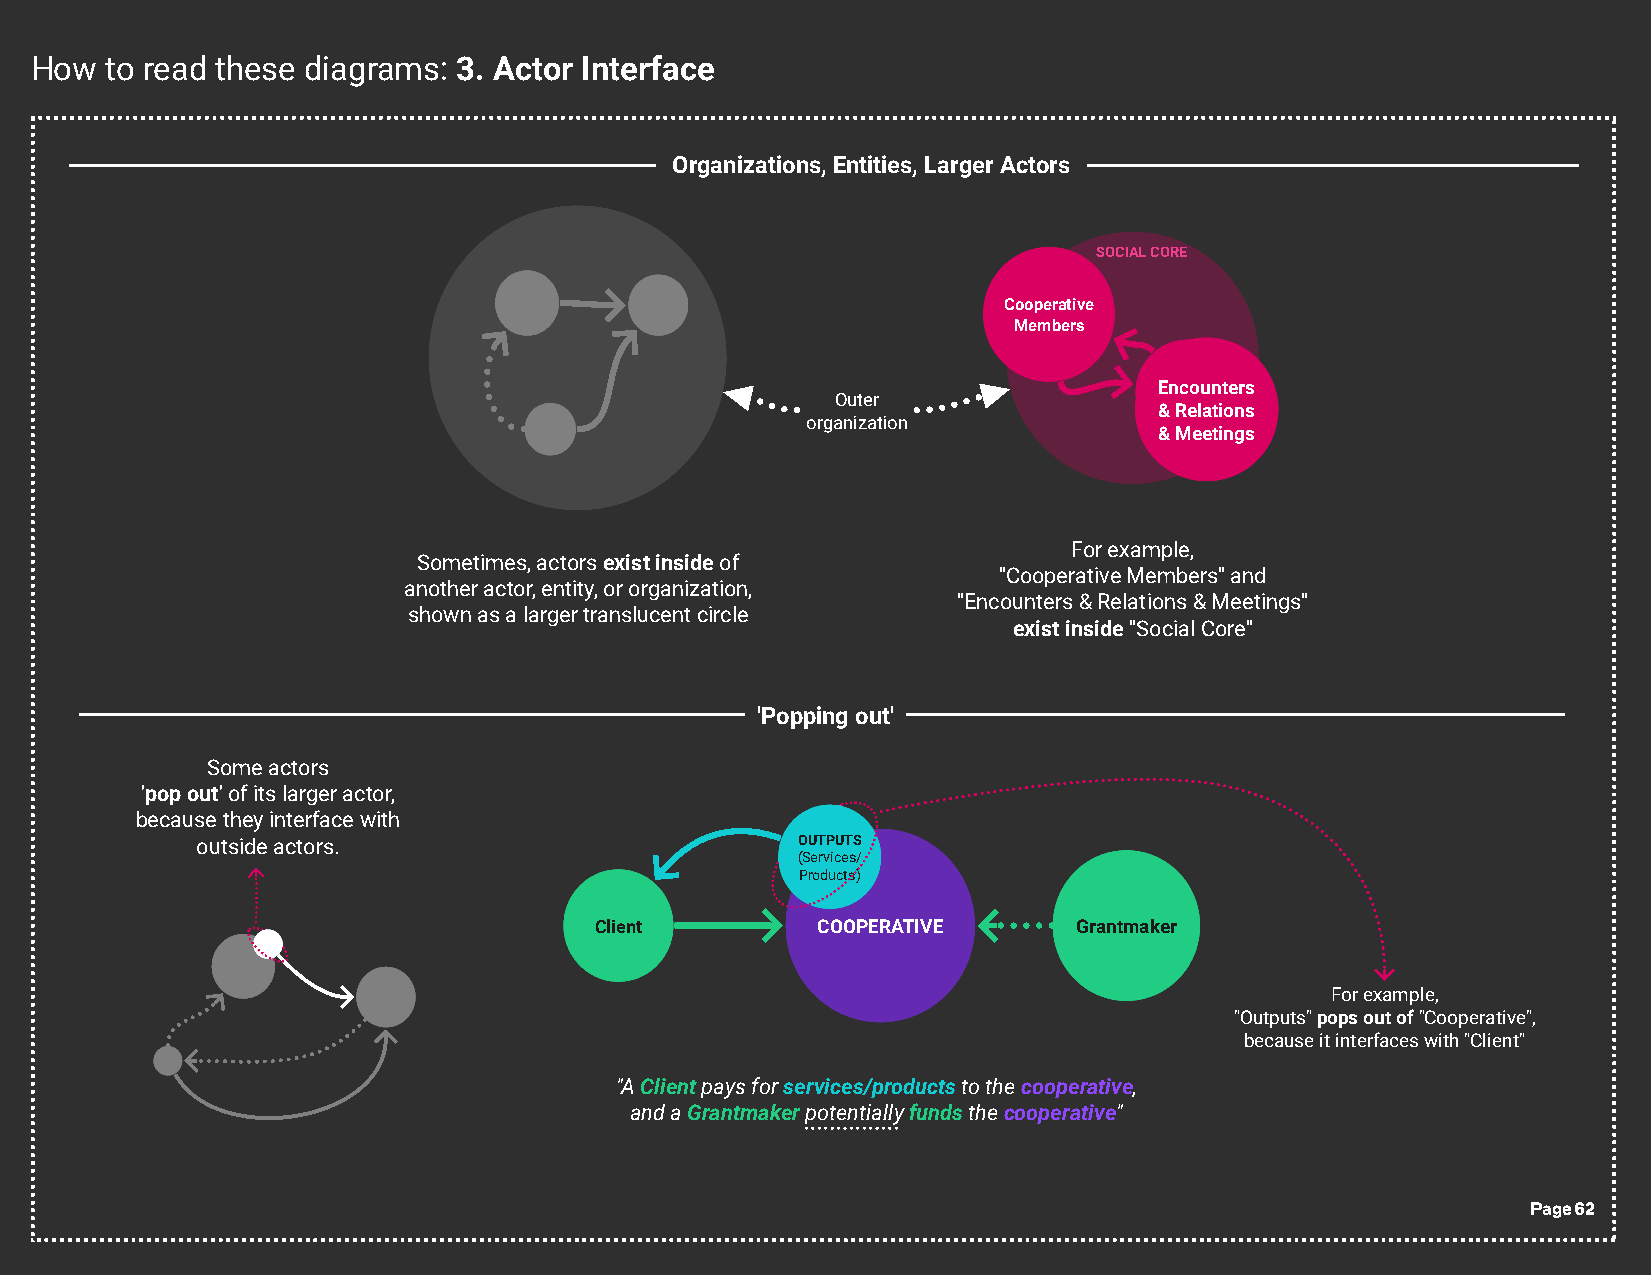
How  to read these diagrams: 3. Actor Interface
 Organizations, Entities, Larger Actors
 SOCIAL CORE
 Cooperative
 Members
 Encounters &
 Relations
 Encounters
 Outer
 & Relations
 organization
 & Meetings
 For example,
 Sometimes, actors exist inside of
 "Cooperative Members" and
 another actor, entity, or organization,
 "Encounters & Relations & Meetings"
 shown as a larger translucent circle
 exist inside "Social Core"
 'Popping out'
 Some actors
 'pop out' of its larger actor,
 because they interface with
 outside actors.                         OUTPUTS
 (Services/
 Products)
 Client         COOPERATIVE      Grantmaker
 For example,
 "Outputs" pops out of "Cooperative",
 because it interfaces with "Client"
 "A Client pays for services/products to the cooperative,
 and a Grantmaker potentially funds the cooperative"
 Page 62